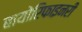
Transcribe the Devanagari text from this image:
बायोरिफाइनरी